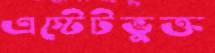
এস্টেটভুক্ত